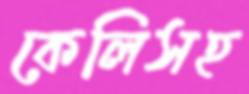
কেলিসহ